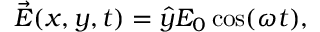
\begin{array} { r } { \vec { E } ( x , y , t ) = \hat { y } E _ { 0 } \cos ( \omega t ) , } \end{array}